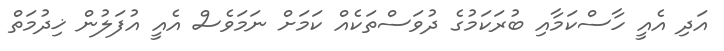
އަދި އެއީ ހާސްކަމާއި ބުރަކަމުގެ ދުވަސްތަކެއް ކަމަށް ނަމަވެސް އެއީ އުފަލުން ޚިދުމަތް